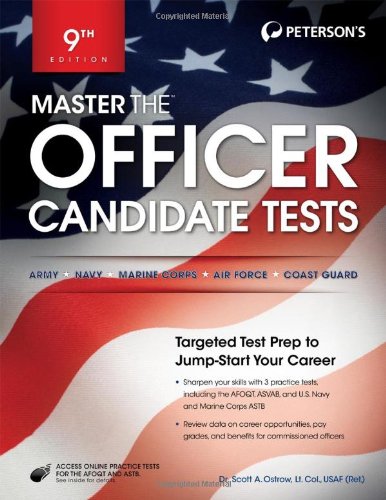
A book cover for Master the Officer Candidate Tests; Peterson's; Test Preparation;